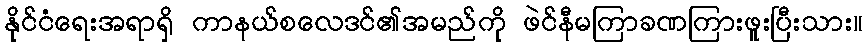
နိုင်ငံရေးအရာရှိ ကာနယ်စလေဒင်၏အမည်ကို ဖဲင်နီမကြာခဏကြားဖူးပြီးသား။